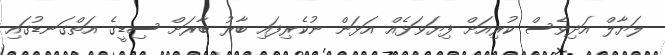
ލަޔާލް އަދިވެސް ކުރިއަށް ފިޔަވަޅެއް އަޅަން ނުކެރިފައި ބާރު ބާރަށް ސިޑީގެ އަތްގަނޑުގައި